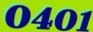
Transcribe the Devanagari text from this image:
०४०१